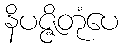
နိပဇ္ဇိတုံပေ